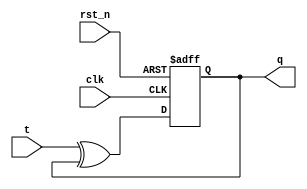
module t_flip_flop (
    input wire clk,
    input wire rst_n,
    input wire t,
    output reg q
);

reg d;

// Connect T input to D input through XOR gate
assign d = t ^ q;

// D flip-flop with inverted reset signal
always @ (posedge clk or negedge rst_n)
begin
    if (~rst_n)
        q <= 1'b0;
    else 
        q <= d;
end

endmodule